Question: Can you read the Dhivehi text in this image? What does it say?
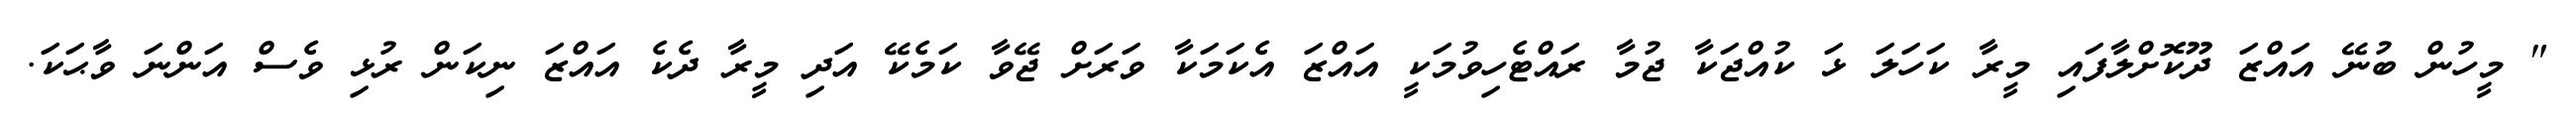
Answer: " މީހުން ބުނޭ އައްޒަ ދޫކޮށްލާފައި މީރާ ކަހަލަ ޅަ ކުއްޖަކާ ޖުމާ ރައްޓެހިވުމަކީ އައްޒަ އެކަމަކާ ވަރަށް ޖޭވާ ކަމެކޭ އަދި މީރާ ދެކެ އައްޒަ ނިކަން ރުޅި ވެސް އަންނަ ވާޙަކަ.